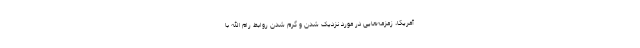
آمریکا، زمزمه‌هایی در مورد نزدیک شدن و گرم شدن روابط رام الله با